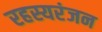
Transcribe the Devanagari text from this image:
रहस्यरंजन